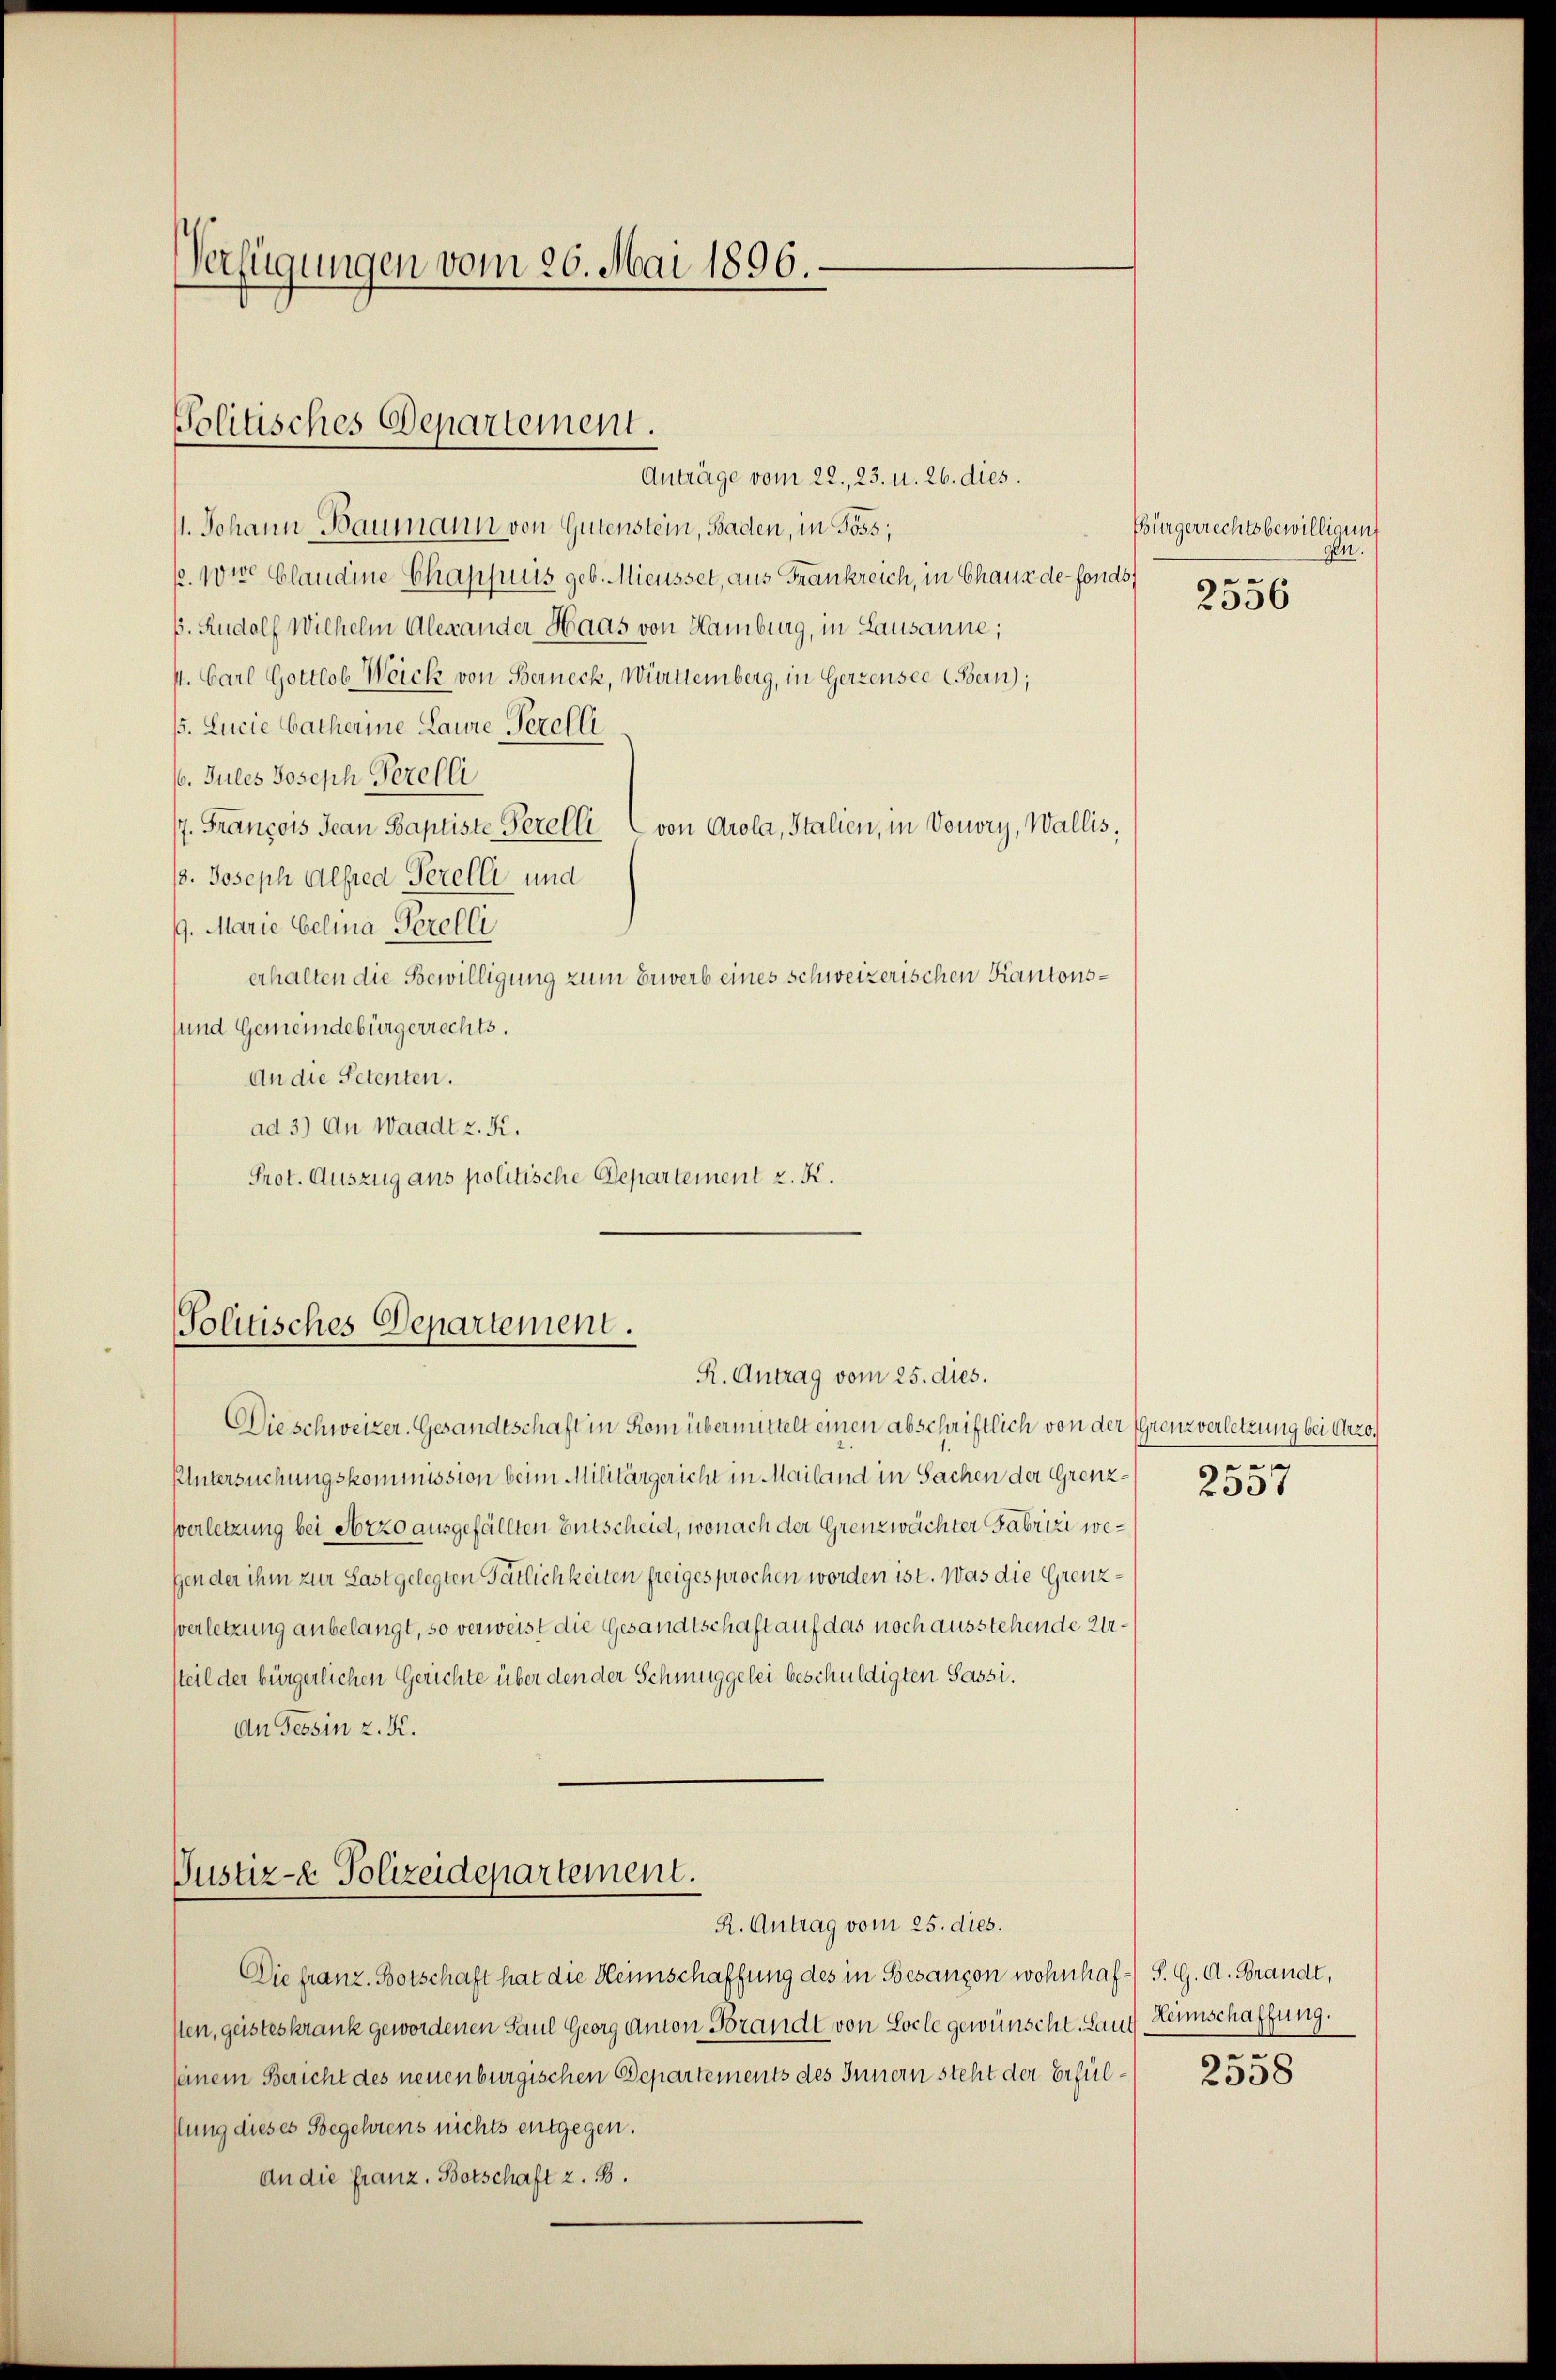
Verfügungen vom 26. Mai 1896.

Politisches Departement.

Anträge vom 22., 23. u. 26. dies.
11. Johann Baumann von Gutenstein, Baden, in Goss;
p. 10te Claudine Chappuis geb. Mieusset, aus Frankreich, in Chaus de-fonds
s. Rudolf Wilhelm Alexander Haas von Hamburg, in Lausanne;
st. Carl Gottlob Weick von Berneck, Württemberg, in Gerzensee (Bern);
B. Lucie Catharine Laure Perelli
/6. Jules Joseph Serelli
/7. François Jean Baptiste Perelli von Arola, Italien, in Vouvry, Wallis,
13. Joseph Alfred Serelli und
19. Marie belia Perelli
erhalten die Bewilligung zum Erwerb eines schweizerischen Kantonssund Gemeindebürgerrechts.
An die Petenten.
ad 3) An Waadt z. K.
Prot. Auszug aus politische Departement z. K.

Solitisches Departement.
R. Antrag vom 25. dies.

Justiz- & Polizeidepartement.
R. Antrag vom 25. dies.

Die schweizer. Gesandtschaft in Rom übermittelt einen abschriftlich von der Grenzverletzung bei Arro¬
Untersuchungskommission beim Militärgericht in Mailand in Sachen der Grenz¬
Verletzung bei Arzo ausgefällten Entscheid, wonach der Grenzwachter Fabrizi wegen der ihm zur Last gelegten Tätlichkeiten freigesprochen worden ist. Was die Grenz¬
Verletzung anbelangt, so verweist die Gesandtschaft auf das noch ausstehende Ursteil der bürgerlichen Gerichte über den der Schmuggelei beschuldigten Sassi¬
An Tessin z. K.

Die franz. Botschaft hat die Heimschaffung des in Besançon wohnhaf¬ S. G. A. Brandt,
sten, geisteskrank gewordenen Paul Georg Anton Brandt von Locle gewünscht. Lauf Lennschaffung.
seinem Bericht des neuenburgischen Departements des Innern steht der Erfülstung dieses Begehrens nichts entgegen.
an die franz. Botschaft z. B.

Bürgerrechtsbewilligung
gen.
2556

ge
2335

.

2358